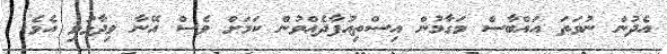
އެދުން ނުވަތަ އައްބާސް މަގާމުން އިސްތިއުފާދެއްވުން ކަމަށް ވެސް އޭނާ ވިދާޅުވި އެވެ.